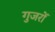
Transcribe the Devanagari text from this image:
गुजरों